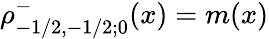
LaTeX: \rho_{-1/2,-1/2;0}^{-}(x)=m(x)